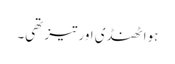
ہوا ٹھنڈی اور تیز تھی۔